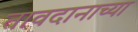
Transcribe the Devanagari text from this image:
तावदानाच्या